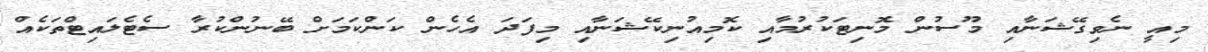
މިއީ ނެވިގޭޝަނާއި މޫސުން މޮނިޓަކުރުމާއި ކޮމިއުނިކޭޝަނާއި މިފަދަ އެހެން ކަންކަމަށް ބޭނުންކުރާ ސެޓެލައިޓްތަކެއް